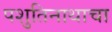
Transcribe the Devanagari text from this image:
पशुतिनाथाचा